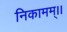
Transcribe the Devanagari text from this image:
निकामम्।।